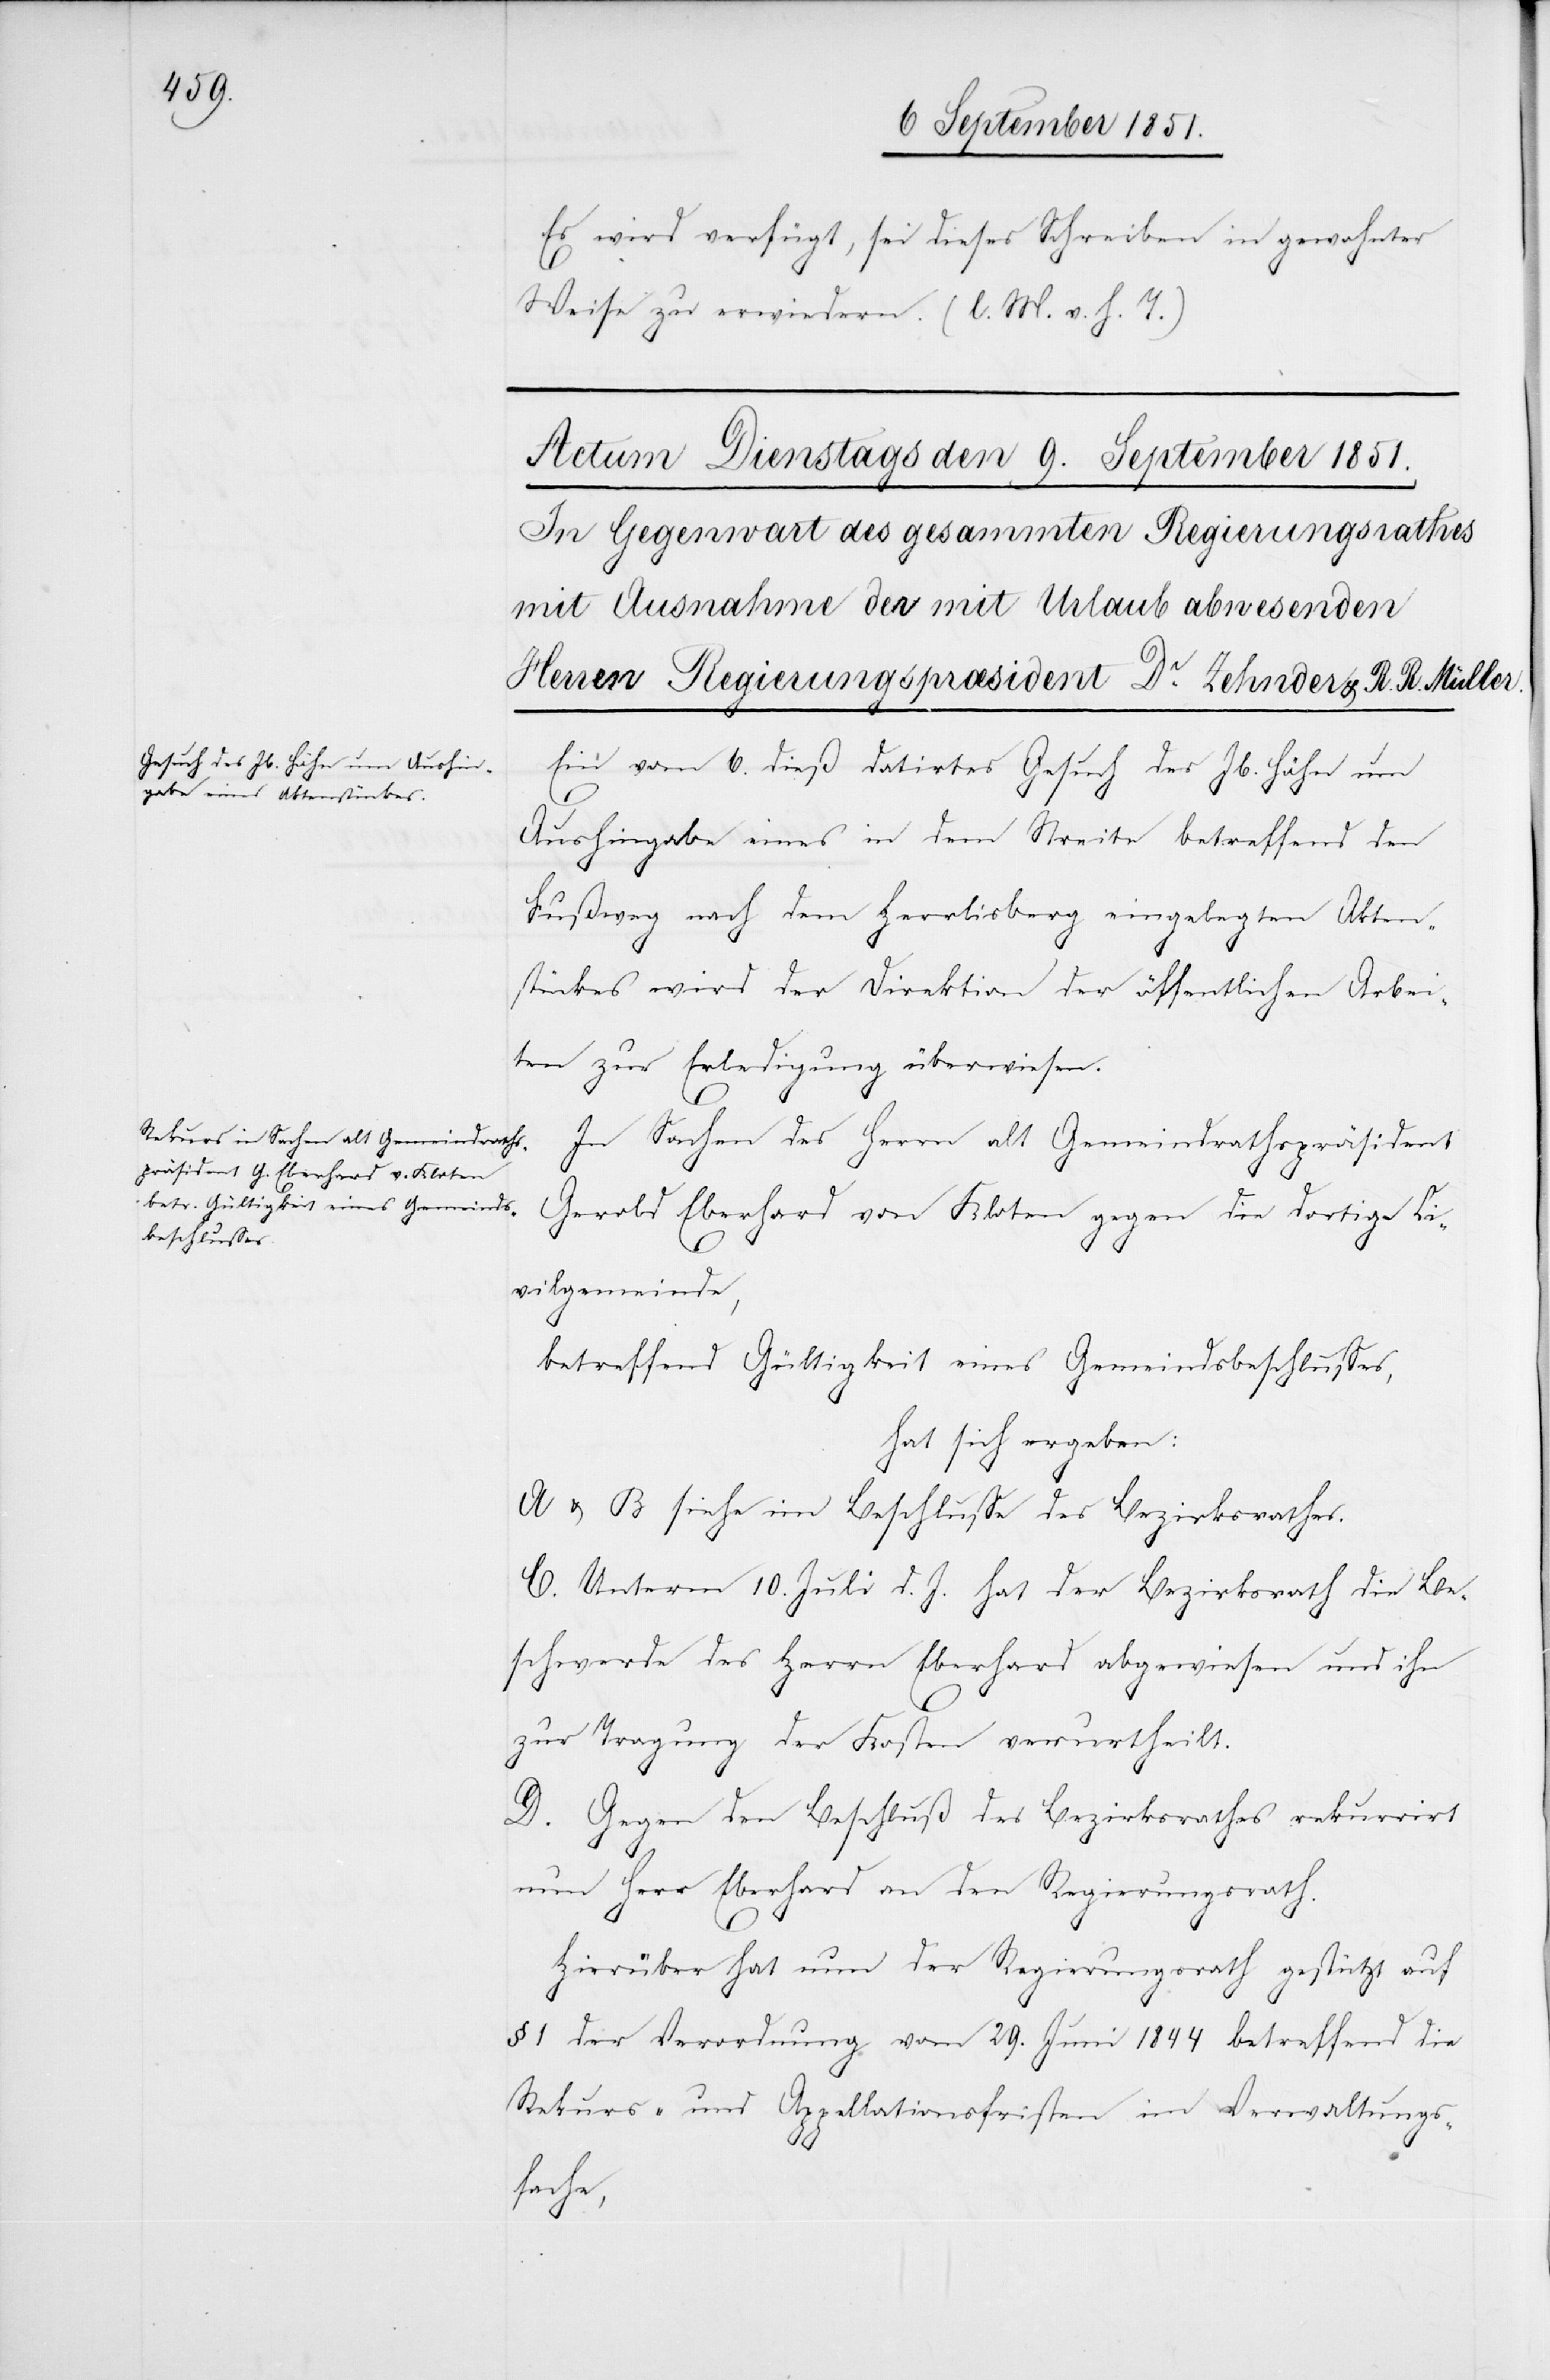
Es wird verfügt, sei dieses Schreiben in gewohnter
Weise zu erwiedern. (l. M. v. h. T.)
Ein vom 6. dieß datirtes Gesuch des Jb. Höhn um
Aushingabe eines in dem Streite betreffend den
Fußweg nach dem Herrlisberg eingelegten Akten¬
stückes wird der Direktion der öffentlichen Arbei¬
ten zur Erledigung überwiesen.
In Sachen des Herrn alt Gemeindrathspräsident
Gerold Eberhard von Kloten gegen die dortige Ci¬
vilgemeinde,
betreffend Gültigkeit eines Gemeindsbeschlusses,
hat sich ergeben:
A & B siehe im Beschlusse des Bezirksrathes.
C. Unterm 10. Juli d. J. hat der Bezirksrath die Be¬
schwerde des Herrn Eberhard abgewiesen und ihn
zur Tragung der Kosten verurtheilt.
D. Gegen den Beschluß des Bezirksrathes rekurrirt
nun Herr Eberhard an den Regierungsrath.
Hierüber hat nun der Regierungsrath gestützt auf
1 der Verordnung vom 29. Juni 1844 betreffend die
Rekurs- und Appellationsfristen im Verwaltungs¬
fache,